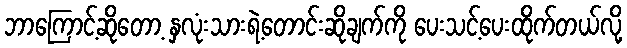
ဘာကြောင့်ဆိုတော့ နှလုံးသားရဲ့တောင်းဆိုချက်ကို ပေးသင့်ပေးထိုက်တယ်လို့